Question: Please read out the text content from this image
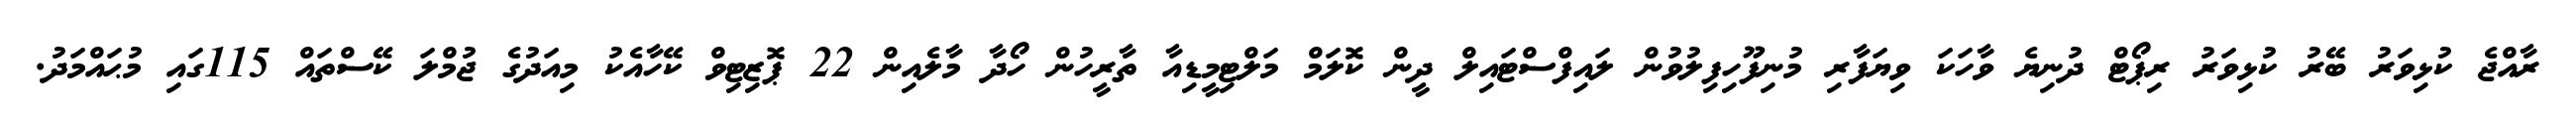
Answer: ރާއްޖެ ކުޅިވަރު ބޭރު ކުޅިވަރު ރިޕޯޓް ދުނިޔެ ވާހަކަ ވިޔަފާރި މުނިފޫހިފިލުވުން ލައިފްސްޓައިލް ދީން ކޮލަމް މަލްޓިމީޑިއާ ތާރީހުން ހޯދާ މާލެއިން 22 ޕޮޒިޓިވް ކޭހާއެކު މިއަދުގެ ޖުމްލަ ކޭސްތައް 115ގައި މުޙައްމަދު.